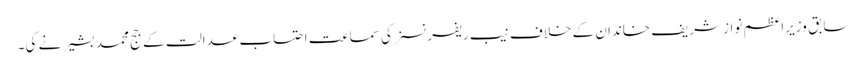
سابق وزیراعظم نواز شریف خاندان کے خلاف نیب ریفرنسز کی سماعت احتساب عدالت کے جج محمد بشیر نے کی۔